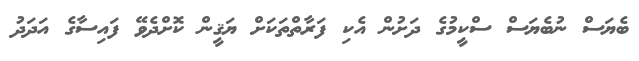
ބެޔަސް ނުބެޔަސް ސްކީމުގެ ދަށުން އެކި ފަރާތްތަކަށް ޔަޤީން ކޮށްދެވޭ ފައިސާގެ އަދަދު